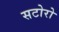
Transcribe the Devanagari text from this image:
सटोरो